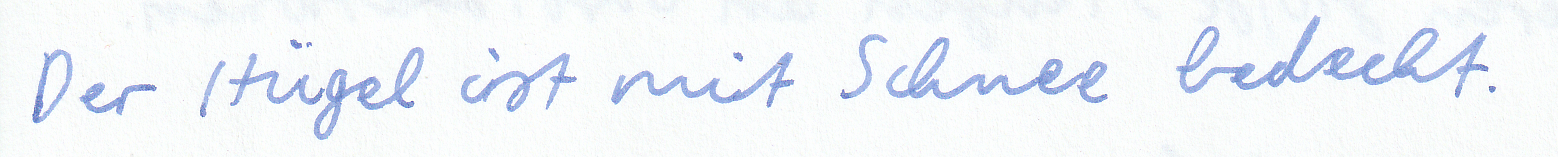
Der Hügel ist mit Schnee bedeckt.